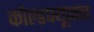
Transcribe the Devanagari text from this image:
कोल्डफ्यूजन